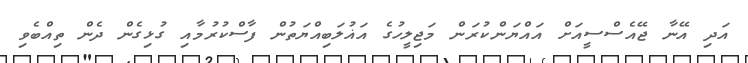
އަދި އޭނާ ޖޭއެސްސީއަށް އައްޔަންކުރަން މަޖިލީހުގެ އަޣުލަބިއްޔަތުން ފާސްކުރުމާއި ގުޅިގެން ދެން ތިއްބެވި